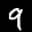
Label: 9